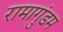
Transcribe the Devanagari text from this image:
रामागुंडम